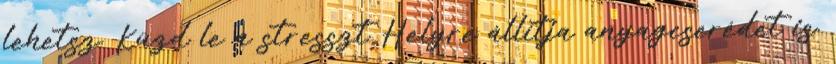
lehetsz. Küzd le a stresszt Helyre állítja anyagcserédet is.